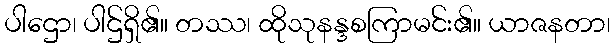
ပါဌော၊ ပါဌ်ရှိ၏။ တဿ၊ ထိုသုနန္ဒစကြာမင်း၏။ ယာဇနတာ၊